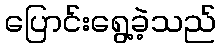
ပြောင်းရွေ့ခဲ့သည်